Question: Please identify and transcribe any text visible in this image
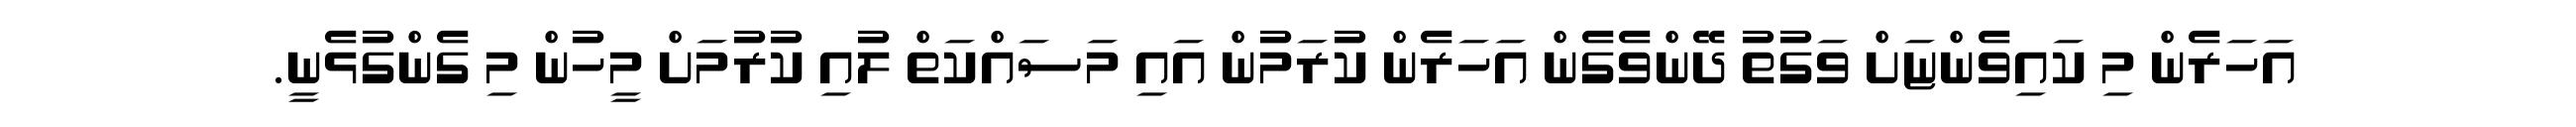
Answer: އަހަރެން މި ކައިވެންޏަށް ވަގުތު ދޭންވެގެން އަހަރެން ކުރަމުން އައި މަސައްކަތް ލުއި ކުރުމަށް މީހުން މި ގެންގުޅެނީ.